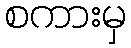
စကားမှ